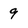
Character: 9